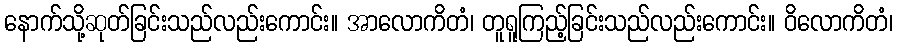
နောက်သို့ဆုတ်ခြင်းသည်လည်းကောင်း။ အာလောကိတံ၊ တူရူကြည့်ခြင်းသည်လည်းကောင်း။ ဝိလောကိတံ၊